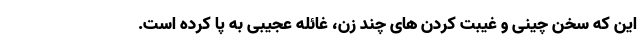
این که سخن چینی و غیبت کردن های چند زن، غائله عجیبی به پا کرده است.